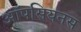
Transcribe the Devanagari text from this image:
ऑपसियनस